Bréfritari: Soffía Daníelsdóttir
Viðtakandi: Jakobína Magnúsdóttir og Daníel Halldórsson
Dagsetning: A-1902-01-30
Skrifað á: Skeggjastöðum  N-Múl.
Soffía var dóttir Jakobínu og Daníels

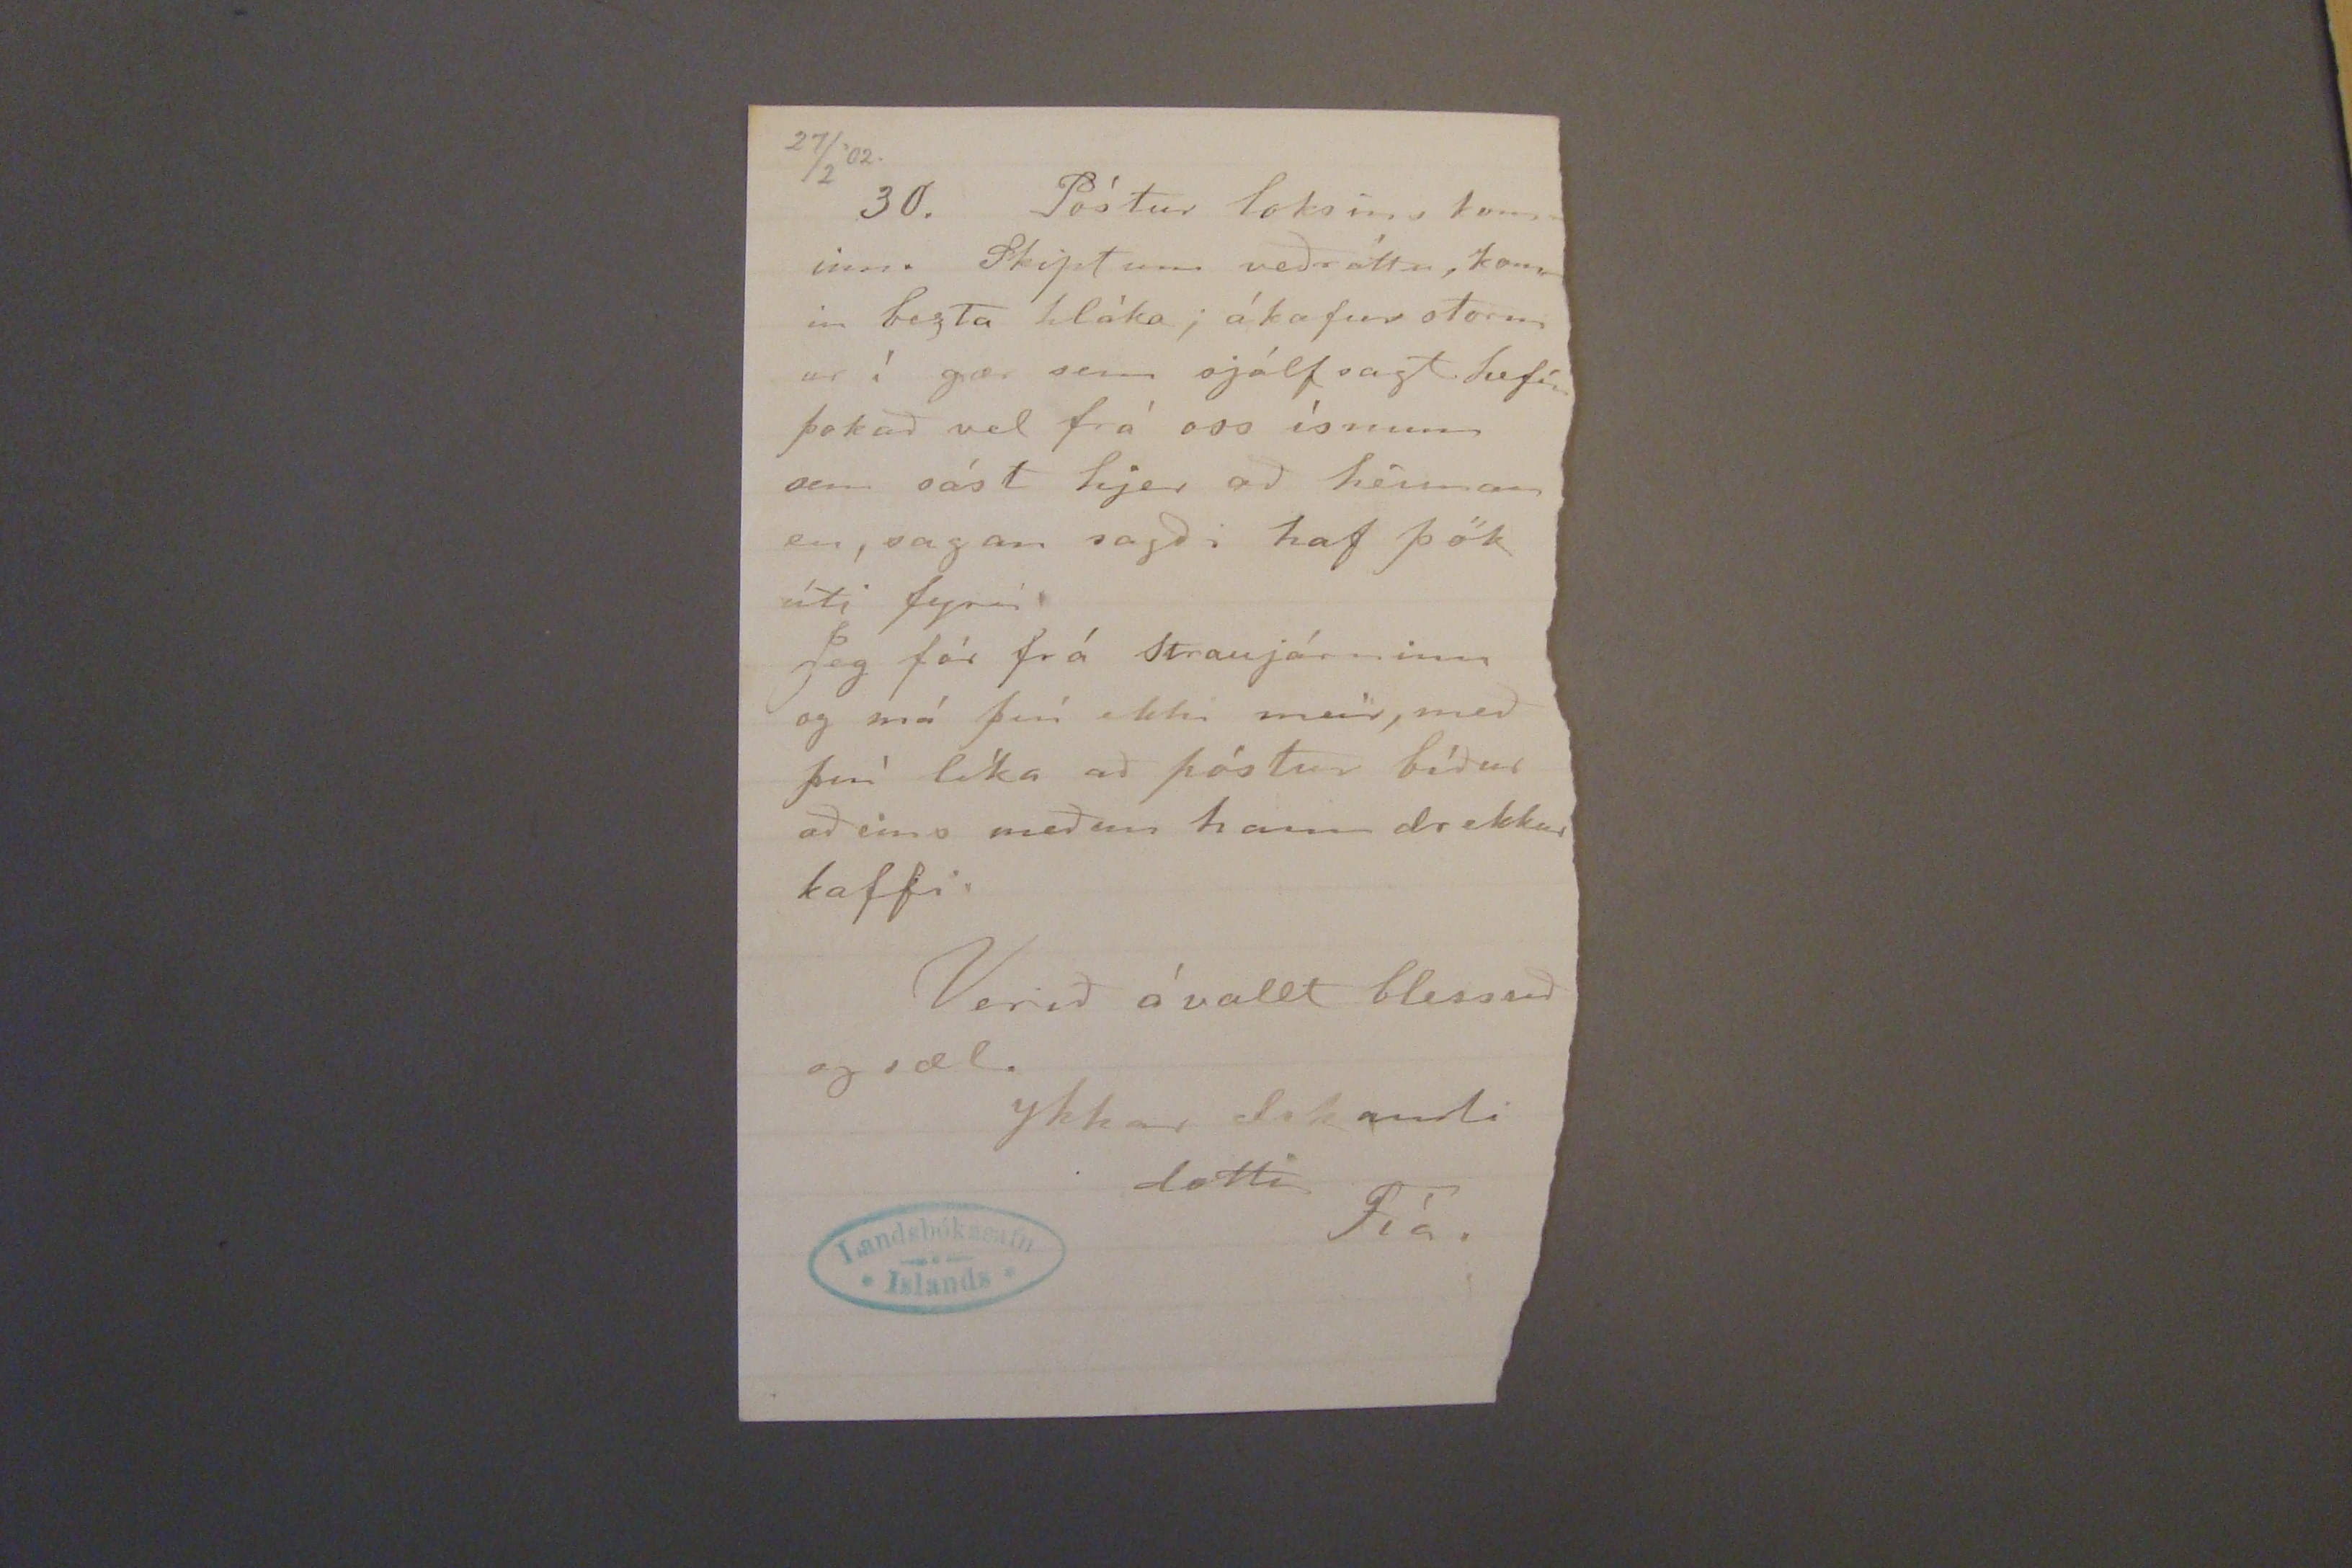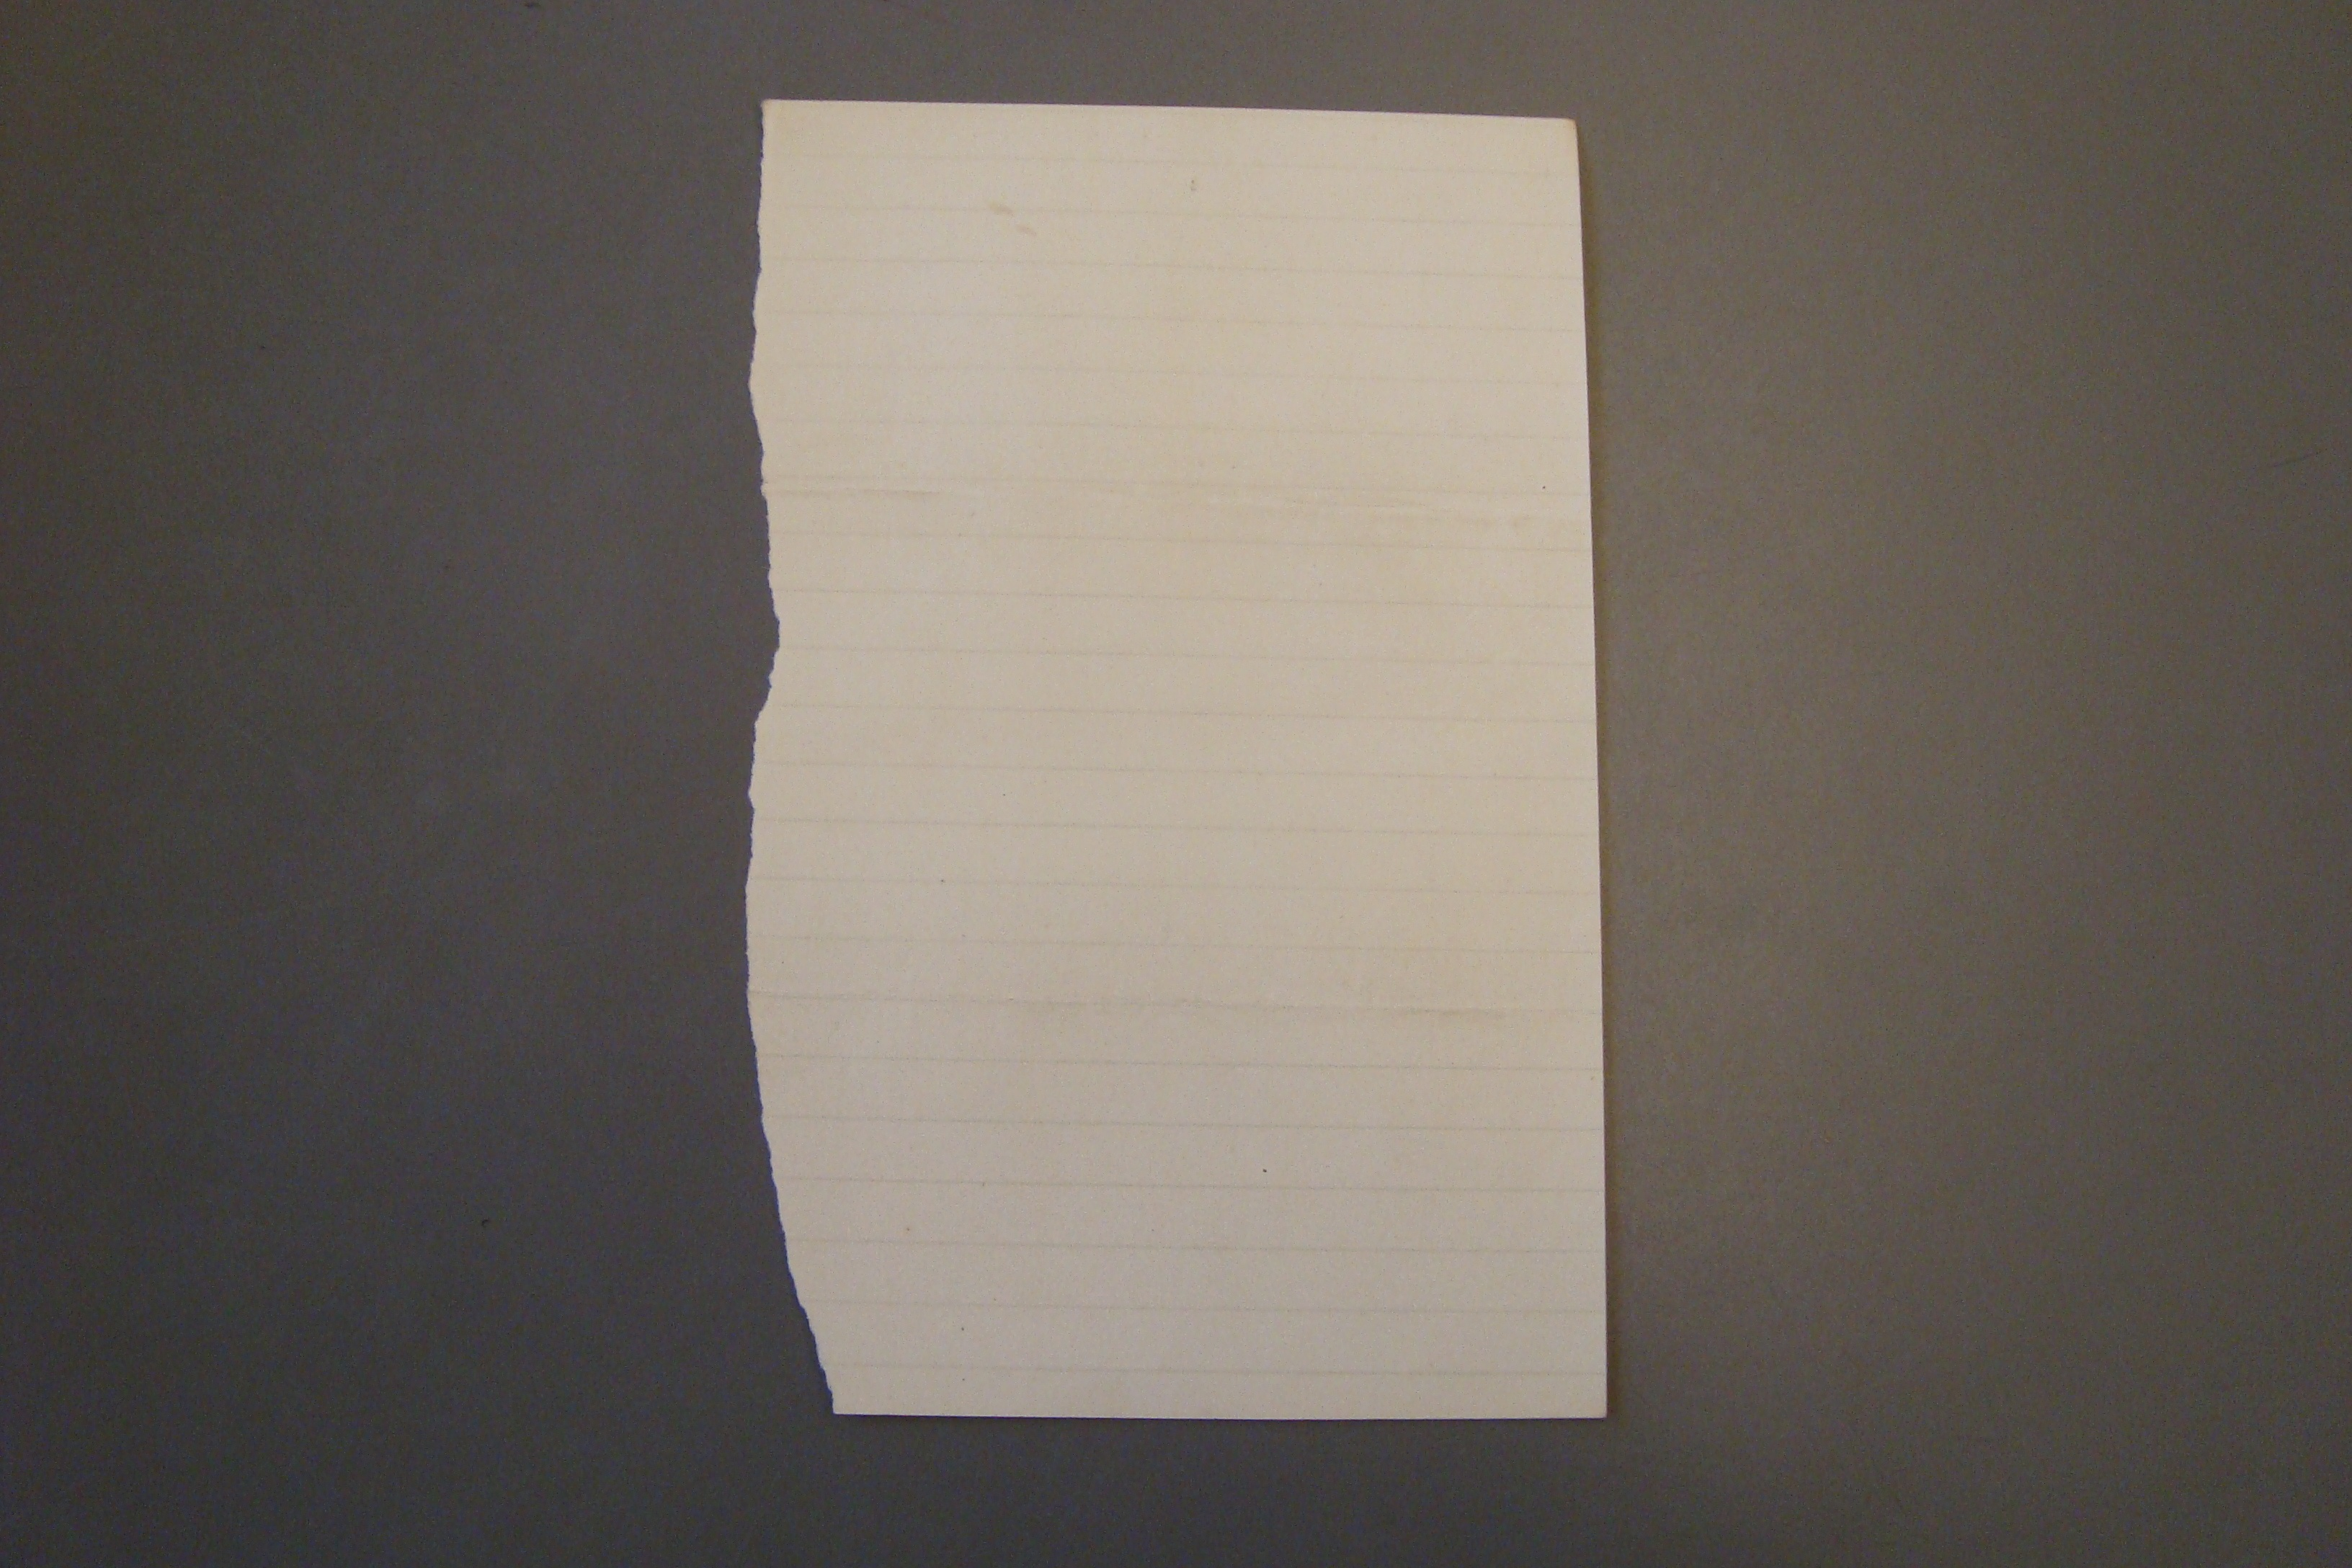

27/2'02.
30. Póstur loksins kominn. Skiptum veðráttu, kom in bezta hláka; ákafur storm ur í gær sem sjálfsagt hefir þokað vel frá oss ísnum sem sást hjer að heiman en, sagan sagði haf þök úti fyrir
Jeg fór frá Straujárninu og má því ekki meir, með því líka að póstur bíður aðeins meðan hann drekkur kaffi
Verið ávallt blessuð og sæl.
ykkar elskandi dotti
Fía.